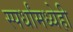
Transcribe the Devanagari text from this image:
स्पर्धांमध्येही